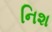
નિશ